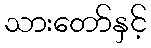
သားတော်နှင့်